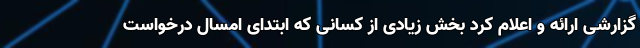
گزارشی ارائه و اعلام کرد بخش زیادی از کسانی که ابتدای امسال درخواست